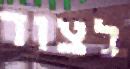
לצוד